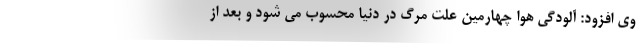
وی افزود: آلودگی هوا چهارمین علت مرگ در دنیا محسوب می شود و بعد از